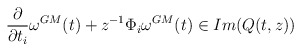
\begin{align*}\frac{\partial}{\partial t_i} \omega^{GM}(t) +z^{-1} \Phi_i\omega^{GM}(t) \in Im (Q(t,z))\end{align*}